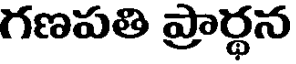
గణపతి ప్రార్థన